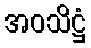
အဝသိဋ္ဌံ